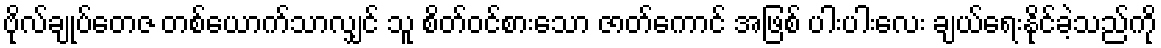
ဗိုလ်ချုပ်တေဇ တစ်ယောက်သာလျှင် သူ စိတ်ဝင်စားသော ဇာတ်ကောင် အဖြစ် ပါးပါးလေး ချယ်ရေးနိုင်ခဲ့သည်ကို